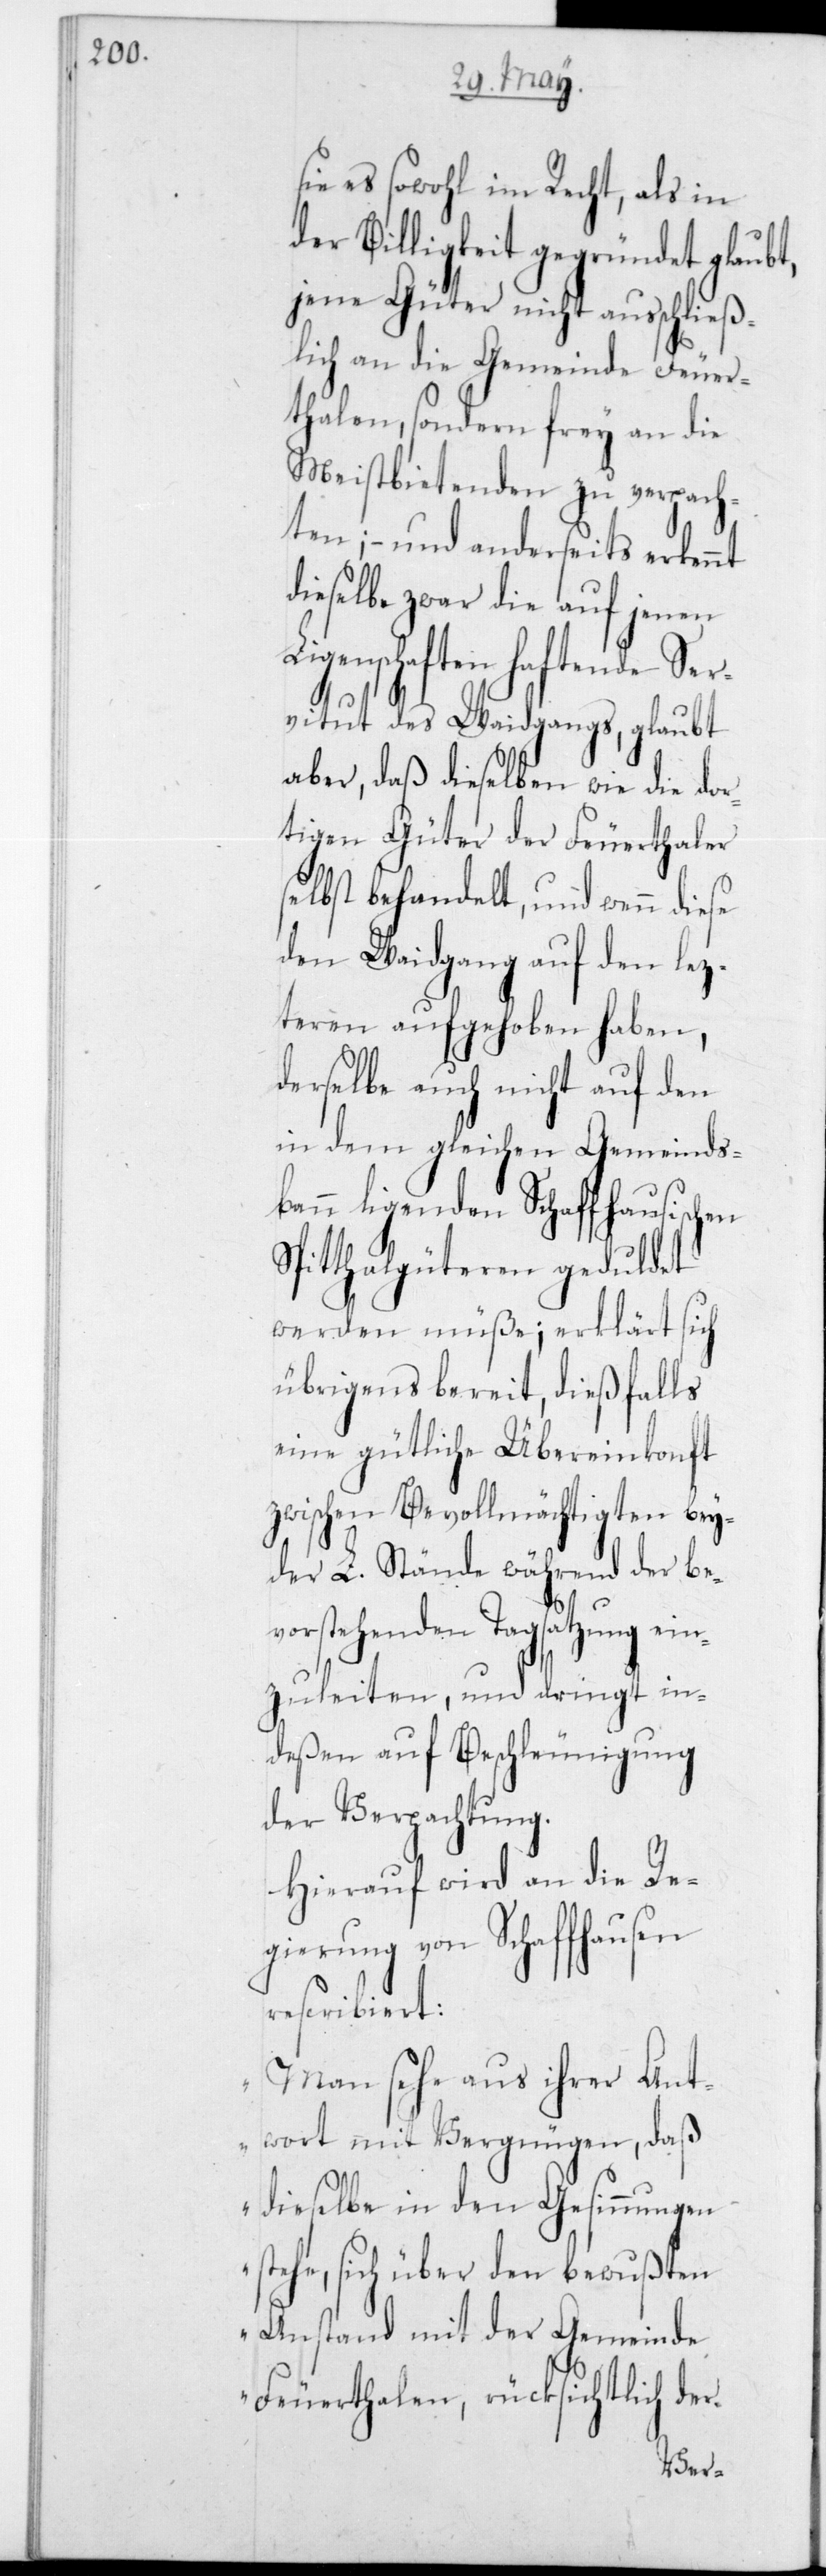
sie es sowohl im Recht, als in
der Billigkeit gegründet glaubt,
jene Güter nicht ausschließ¬
lich an die Gemeinde Feuer¬
thalen, sondern frey an die
Meistbietenden zu verpach¬
ten; – und anderseits erkennt
dieselbe zwar die auf jenen
Liegenschaften haftende Ser¬
vitut des Weidgangs, glaubt
aber, daß dieselben wie die dor¬
tigen Güter der Feuerthaler
selbst behandelt, und wenn diese
den Weidgang auf den lez¬
teren aufgehoben haben,
derselbe auch nicht auf den
in dem gleichen Gemeinds¬
bann liegenden Schaffhausischen
Spitthalgüteren geduldet
werden müße; erklärt sich
übrigens bereit, dießfalls
eine gütliche Übereinkonft
zwischen Bevollmächtigten bey¬
der L. Stände während der be¬
vorstehenden Tagsatzung ein¬
zuleiten, und dringt in¬
deßen auf Beschleunigung
der Verpachtung.
Hierauf wird an die Re¬
gierung von Schaffhausen
rescribiert:
„Man sehe aus ihrer Ant¬
wort mit Vergnügen, daß
dieselbe in den Gesinnungen
stehe, sich über den bewußten
Anstand mit der Gemeinde
Feuerthalen, rücksichtlich der